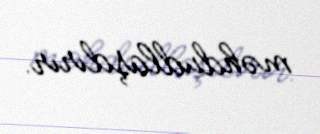
məhdudlaşdırır.